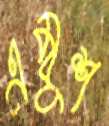
এম্বুশ